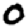
Digit: 0